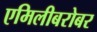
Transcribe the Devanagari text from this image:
एमिलीबरोबर